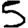
Digit: 5